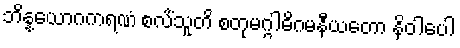
ဘိန္နယောဂကရဏံ စလိံသူတိ စတုမဂ္ဂါဓိဂမနီယတော နိဝါပေါ